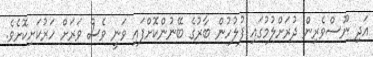
އަދި ނޫސްވެރިން ދުރަށްލުމުގައި ފުލުހުން ބާރުގެ ބޭނުންކޮށްފައި ވަނީ ވެސް ވަރަށް ހަރުކަށިކޮށެވެ.